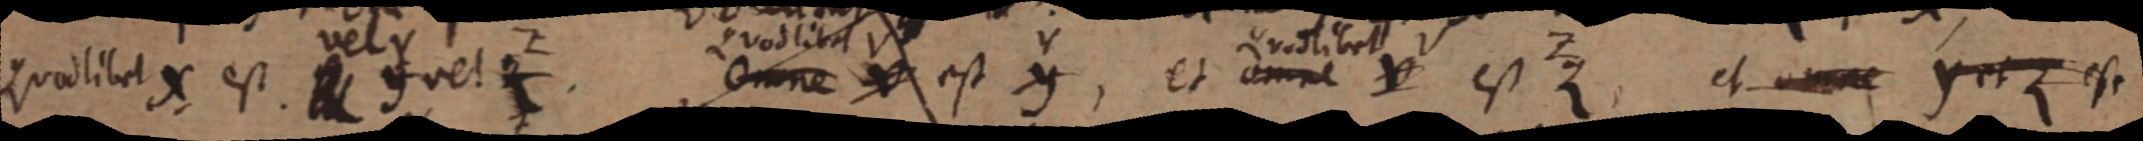
quodlibet X est _ vel _ omne _ est y, et omne V est Z et omne y et Z est